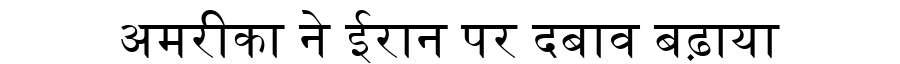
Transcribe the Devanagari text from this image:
अमरीका ने ईरान पर दबाव बढ़ाया